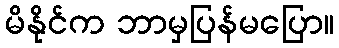
မိနိုင်က ဘာမှပြန်မပြော။